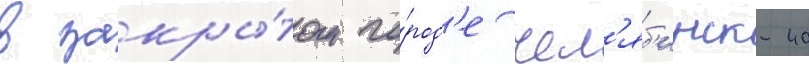
в закры́том го́род'е чел'яб'инск-40